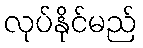
လုပ်နိုင်မည်